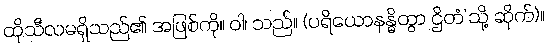
ထိုသီလမရှိသည်၏ အဖြစ်ကို။ ဝါ၊ သည်။ (ပရိယောနန္ဓိတွာ ဌိတံ’သို့ ဆိုက်)။